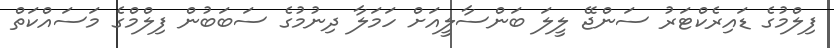
ފިލްމުގެ ޑައިރެކްޓަރު ސަންޖޭ ލީލަ ބަންސާލީއަށް ހަމަލާ ދިނުމުގެ ސަބަބުން ފިލްމްގެ މަސައްކަތް